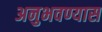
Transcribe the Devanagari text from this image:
अनुभवण्यास